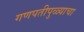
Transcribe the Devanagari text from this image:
गणपतीपुळ्याचा